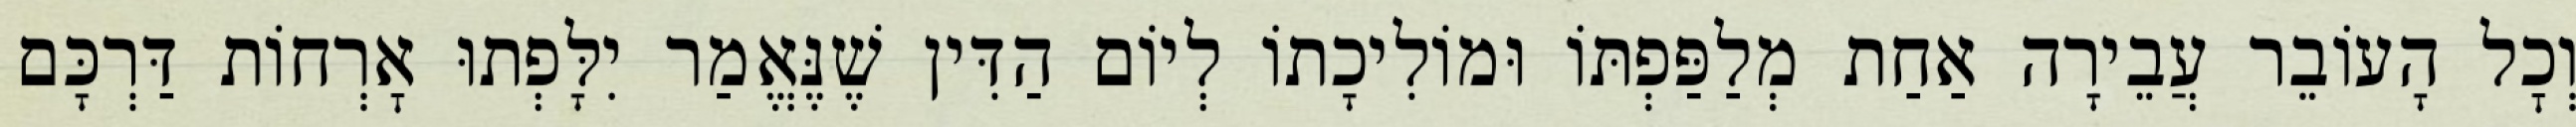
וְכׇל הָעוֹבֵר עֲבֵירָה אַחַת מְלַפַּפְתּוֹ וּמוֹלִיכָתוֹ לְיוֹם הַדִּין שֶׁנֶּאֱמַר יִלָּפְתוּ אׇרְחוֹת דַּרְכָּם